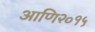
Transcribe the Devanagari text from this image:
आणि२०१५